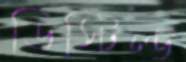
ডিস্টিল্ড